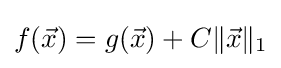
f({\vec {x}})=g({\vec {x}})+C\|{\vec {x}}\|_{1}